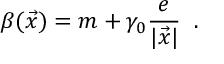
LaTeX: \beta ( \vec { x } ) = m + \gamma _ { 0 } \frac { e } { | \vec { x } | } \; \; .